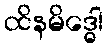
ထိနမိဒ္ဓေါ